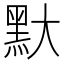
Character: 𪐝